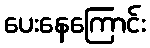
ပေးနေကြောင်း